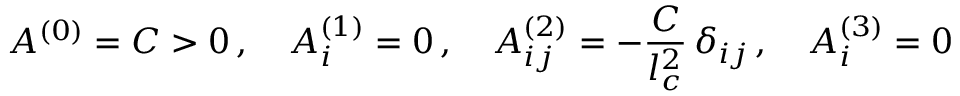
A ^ { ( 0 ) } = C > 0 \, , \quad A _ { i } ^ { ( 1 ) } = 0 \, , \quad A _ { i j } ^ { ( 2 ) } = - \frac { C } { l _ { c } ^ { 2 } } \, \delta _ { i j } \, , \quad A _ { i } ^ { ( 3 ) } = 0